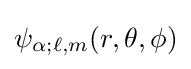
\psi _{\alpha ;\ell ,m}(r,\theta ,\phi )